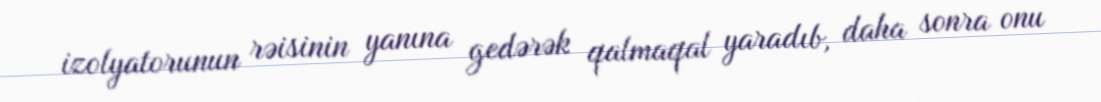
izolyatorunun rəisinin yanına gedərək qalmaqal yaradıb, daha sonra onu